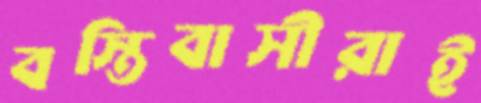
বস্তিবাসীরাই